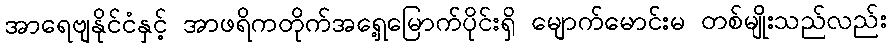
အာရေဗျနိုင်ငံနှင့် အာဖရိကတိုက်အရှေ့မြောက်ပိုင်းရှိ မျောက်မောင်းမ တစ်မျိုးသည်လည်း